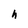
Character: h